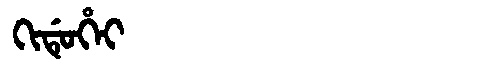
Manchu: ᡴᡳᡩᡠᡥᡝᡳ
Romanization: KIDUHEI